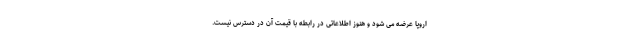
اروپا عرضه می شود و هنوز اطلاعاتی در رابطه با قیمت آن در دسترس نیست.